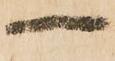
一